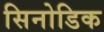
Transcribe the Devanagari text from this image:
सिनोडिक